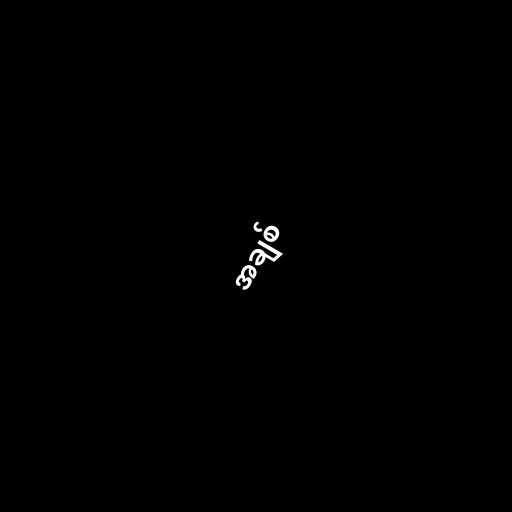
အချစ်